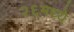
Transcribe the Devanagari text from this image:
२६मध्ये